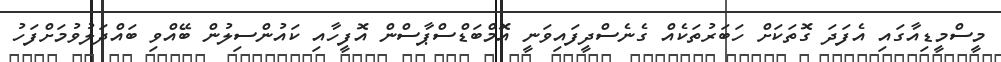
މީސްމީޑިއާގައި އެފަދަ ގޮތަކަށް ހަބަރުތަކެއް ގެނެސްދީފައިވަނީ އޮމްބަޑްސްޕާސްން އޮފީހާއި ކައުންސިލުން ބޭއްވި ބައްދަލުވުމަށްފަހު